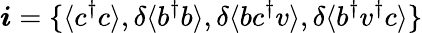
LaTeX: \boldsymbol{i}=\{ \langle c^{\dagger}c\rangle,\delta\langle b^{\dagger}b\rangle,\delta\langle bc^{\dagger}v\rangle,\delta\langle b^{\dagger}v^{\dagger}c\rangle\}